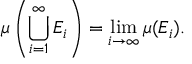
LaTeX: \mu \left( \bigcup _ { i = 1 } ^ { \infty } E _ { i } \right) = \operatorname* { l i m } _ { i \to \infty } \mu ( E _ { i } ) .